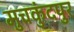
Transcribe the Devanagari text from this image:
मुचकुंदपुर